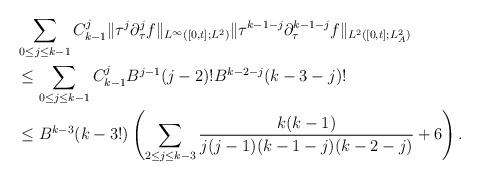
LaTeX: \begin{align*} &\sum_{0\le j\le k-1}C^j_{k-1}\|\tau^j\partial^j_\tau f\|_{L^\infty([0,t];L^2)}\|\tau^{k-1-j}\partial^{k-1-j}_\tau f\|_{L^2([0,t];L^2_A)}\\ &\le\sum_{0\le j\le k-1}C^j_{k-1}B^{j-1}(j-2)!B^{k-2-j}(k-3-j)!\\ &\le B^{k-3}(k-3!)\left(\sum_{2\le j\le k-3}\frac{k(k-1)}{j(j-1)(k-1-j)(k-2-j)}+6\right).\end{align*}